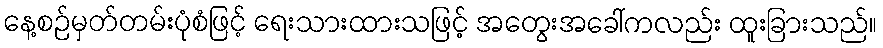
နေ့စဉ်မှတ်တမ်းပုံစံဖြင့် ရေးသားထားသဖြင့် အတွေးအခေါ်ကလည်း ထူးခြားသည်။